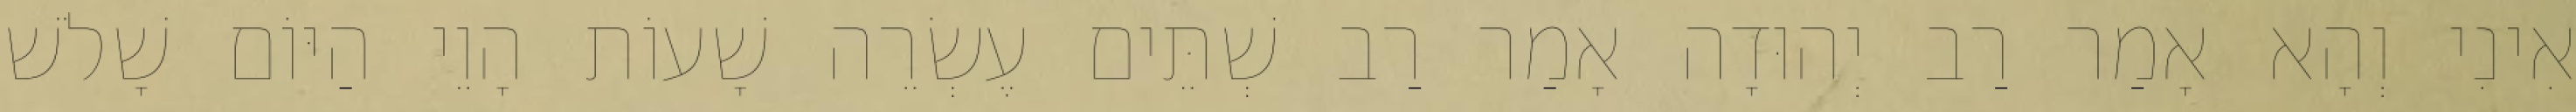
אִינִי וְהָא אָמַר רַב יְהוּדָה אָמַר רַב שְׁתֵּים עֶשְׂרֵה שָׁעוֹת הָוֵי הַיּוֹם שָׁלֹשׁ